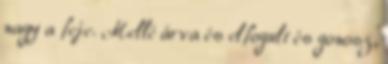
nagy a feje. Mellé árva és elfogult és gonosz,